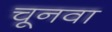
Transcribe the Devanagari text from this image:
चूनवा